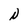
Character: N